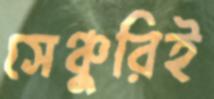
সেঞ্চুরিই